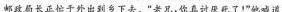
邮政局长正忙于外出到乡下去。“老兄，你真讨厌死了！”他喊道。